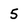
Character: 5